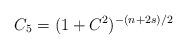
LaTeX: \begin{align*}C_5=(1+C^2)^{-(n+2s)/2}\end{align*}